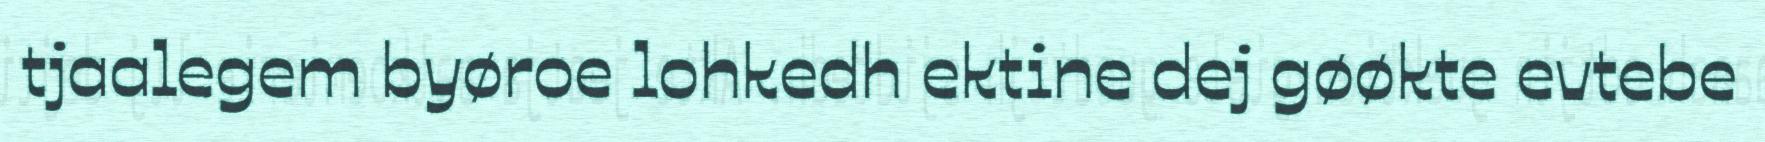
tjaalegem byøroe lohkedh ektine dej gøøkte evtebe